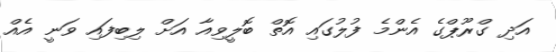
އަދި ގްރޫޕްގެ އެންމެ ފުލުގައި އޮތް ބޮލީވިއާ އަށް ލިބިފައި ވަނީ އެއް